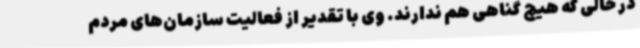
در حالی که هیچ گناهی هم ندارند. وی با تقدیر از فعالیت سازمان‌های مردم